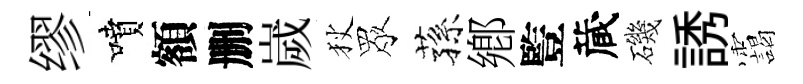
缪噴額删嵗狄眾蓀鄕䜿蔵磯誘靄